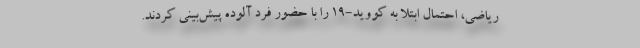
ریاضی، احتمال ابتلا به کووید-۱۹ را با حضور فرد آلوده پیش‌بینی کردند.